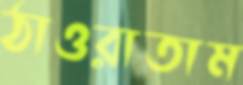
ঠাওরাতাম